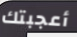
أعجبتك